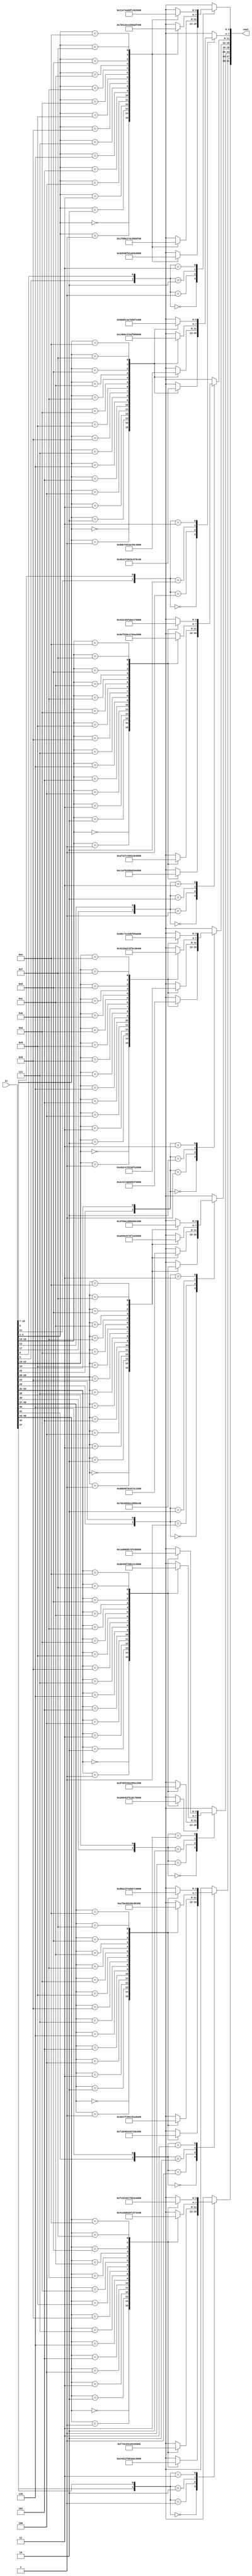
//sboxes.v
//8 s boxes for f block

module sboxes(sout, in);
	input [47:0] in;
	output [31:0] sout;
		
	wire [5:0] in1;
	wire [5:0] in2;
	wire [5:0] in3;
	wire [5:0] in4;
	wire [5:0] in5;
	wire [5:0] in6;
	wire [5:0] in7;
	wire [5:0] in8;
	
	reg [3:0] out1;
	reg [3:0] out2;
	reg [3:0] out3;
	reg [3:0] out4;
	reg [3:0] out5;
	reg [3:0] out6;
	reg [3:0] out7;
	reg [3:0] out8;
	
	assign in1 = in[47:42];
	assign in2 = in[41:36];
	assign in3 = in[35:30];
	assign in4 = in[29:24];
	assign in5 = in[23:18];
	assign in6 = in[17:12];
	assign in7 = in[11:6];
	assign in8 = in[5:0];
	
always @(in) begin
//Sbox 1-------------------------------------------------
casex (in1)
6'b0xxxx0: begin
    casex (in1)
    6'bx0000x: begin out1 = 4'he; end
    6'bx0001x: begin out1 = 4'h4; end
    6'bx0010x: begin out1 = 4'hd; end
    6'bx0011x: begin out1 = 4'h1; end
    6'bx0100x: begin out1 = 4'h2; end
    6'bx0101x: begin out1 = 4'hf; end
    6'bx0110x: begin out1 = 4'hb; end
    6'bx0111x: begin out1 = 4'h8; end
    6'bx1000x: begin out1 = 4'h3; end
    6'bx1001x: begin out1 = 4'ha; end
    6'bx1010x: begin out1 = 4'h6; end
    6'bx1011x: begin out1 = 4'hc; end
    6'bx1100x: begin out1 = 4'h5; end
    6'bx1101x: begin out1 = 4'h9; end
    6'bx1110x: begin out1 = 4'h0; end
    6'bx1111x: begin out1 = 4'h7; end
    endcase
end
6'b0xxxx1: begin
    casex (in1)
    6'bx0000x: begin out1 = 4'h0; end
    6'bx0001x: begin out1 = 4'hf; end
    6'bx0010x: begin out1 = 4'h7; end
    6'bx0011x: begin out1 = 4'h4; end
    6'bx0100x: begin out1 = 4'he; end
    6'bx0101x: begin out1 = 4'h2; end
    6'bx0110x: begin out1 = 4'hd; end
    6'bx0111x: begin out1 = 4'h1; end
    6'bx1000x: begin out1 = 4'ha; end
    6'bx1001x: begin out1 = 4'h6; end
    6'bx1010x: begin out1 = 4'hc; end
    6'bx1011x: begin out1 = 4'hb; end
    6'bx1100x: begin out1 = 4'h9; end
    6'bx1101x: begin out1 = 4'h5; end
    6'bx1110x: begin out1 = 4'h3; end
    6'bx1111x: begin out1 = 4'h8; end
    endcase
end
6'b1xxxx0: begin
    casex (in1)
    6'bx0000x: begin out1 = 4'h4; end
    6'bx0001x: begin out1 = 4'h1; end
    6'bx0010x: begin out1 = 4'he; end
    6'bx0011x: begin out1 = 4'h8; end
    6'bx0100x: begin out1 = 4'hd; end
    6'bx0101x: begin out1 = 4'h6; end
    6'bx0110x: begin out1 = 4'h2; end
    6'bx0111x: begin out1 = 4'hb; end
    6'bx1000x: begin out1 = 4'hf; end
    6'bx1001x: begin out1 = 4'hc; end
    6'bx1010x: begin out1 = 4'h9; end
    6'bx1011x: begin out1 = 4'h7; end
    6'bx1100x: begin out1 = 4'h3; end
    6'bx1101x: begin out1 = 4'ha; end
    6'bx1110x: begin out1 = 4'h5; end
    6'bx1111x: begin out1 = 4'h0; end
    endcase
end
6'b1xxxx1: begin
    casex (in1)
    6'bx0000x: begin out1 = 4'hf; end
    6'bx0001x: begin out1 = 4'hc; end
    6'bx0010x: begin out1 = 4'h8; end
    6'bx0011x: begin out1 = 4'h2; end
    6'bx0100x: begin out1 = 4'h4; end
    6'bx0101x: begin out1 = 4'h9; end
    6'bx0110x: begin out1 = 4'h1; end
    6'bx0111x: begin out1 = 4'h7; end
    6'bx1000x: begin out1 = 4'h5; end
    6'bx1001x: begin out1 = 4'hb; end
    6'bx1010x: begin out1 = 4'h3; end
    6'bx1011x: begin out1 = 4'he; end
    6'bx1100x: begin out1 = 4'ha; end
    6'bx1101x: begin out1 = 4'h0; end
    6'bx1110x: begin out1 = 4'h6; end
    6'bx1111x: begin out1 = 4'hd; end
    endcase
end
endcase
//Sbox 2-------------------------------------------------------------------------------------------------
casex (in2)
6'b0xxxx0: begin
	casex (in2)
	6'bx0000x: begin out2 = 4'hf; end
	6'bx0001x: begin out2 = 4'h1; end
	6'bx0010x: begin out2 = 4'h8; end
	6'bx0011x: begin out2 = 4'he; end
	6'bx0100x: begin out2 = 4'h6; end
	6'bx0101x: begin out2 = 4'hb; end
	6'bx0110x: begin out2 = 4'h3; end
	6'bx0111x: begin out2 = 4'h4; end
	6'bx1000x: begin out2 = 4'h9; end
	6'bx1001x: begin out2 = 4'h7; end
	6'bx1010x: begin out2 = 4'h2; end
	6'bx1011x: begin out2 = 4'hd; end
	6'bx1100x: begin out2 = 4'hc; end
	6'bx1101x: begin out2 = 4'h0; end
	6'bx1110x: begin out2 = 4'h5; end
	6'bx1111x: begin out2 = 4'ha; end
	endcase
end
6'b0xxxx1: begin
	casex (in2)
	6'bx0000x: begin out2 = 4'h3; end
	6'bx0001x: begin out2 = 4'hd; end
	6'bx0010x: begin out2 = 4'h4; end
	6'bx0011x: begin out2 = 4'h7; end
	6'bx0100x: begin out2 = 4'hf; end
	6'bx0101x: begin out2 = 4'h2; end
	6'bx0110x: begin out2 = 4'h8; end
	6'bx0111x: begin out2 = 4'he; end
	6'bx1000x: begin out2 = 4'hc; end
	6'bx1001x: begin out2 = 4'h0; end
	6'bx1010x: begin out2 = 4'h1; end
	6'bx1011x: begin out2 = 4'ha; end
	6'bx1100x: begin out2 = 4'h6; end
	6'bx1101x: begin out2 = 4'h9; end
	6'bx1110x: begin out2 = 4'hb; end
	6'bx1111x: begin out2 = 4'h5; end
	endcase
end
6'b1xxxx0: begin
	casex (in2)
	6'bx0000x: begin out2 = 4'h0; end
	6'bx0001x: begin out2 = 4'he; end
	6'bx0010x: begin out2 = 4'h7; end
	6'bx0011x: begin out2 = 4'hb; end
	6'bx0100x: begin out2 = 4'ha; end
	6'bx0101x: begin out2 = 4'h4; end
	6'bx0110x: begin out2 = 4'hd; end
	6'bx0111x: begin out2 = 4'h1; end
	6'bx1000x: begin out2 = 4'h5; end
	6'bx1001x: begin out2 = 4'h8; end
	6'bx1010x: begin out2 = 4'hc; end
	6'bx1011x: begin out2 = 4'h6; end
	6'bx1100x: begin out2 = 4'h9; end
	6'bx1101x: begin out2 = 4'h3; end
	6'bx1110x: begin out2 = 4'h2; end
	6'bx1111x: begin out2 = 4'hf; end
	endcase
end
6'b1xxxx1: begin
	casex (in2)
	6'bx0000x: begin out2 = 4'hd; end
	6'bx0001x: begin out2 = 4'h8; end
	6'bx0010x: begin out2 = 4'ha; end
	6'bx0011x: begin out2 = 4'h1; end
	6'bx0100x: begin out2 = 4'h3; end
	6'bx0101x: begin out2 = 4'hf; end
	6'bx0110x: begin out2 = 4'h4; end
	6'bx0111x: begin out2 = 4'h2; end
	6'bx1000x: begin out2 = 4'hb; end
	6'bx1001x: begin out2 = 4'h6; end
	6'bx1010x: begin out2 = 4'h7; end
	6'bx1011x: begin out2 = 4'hc; end
	6'bx1100x: begin out2 = 4'h0; end
	6'bx1101x: begin out2 = 4'h5; end
	6'bx1110x: begin out2 = 4'he; end
	6'bx1111x: begin out2 = 4'h9; end
	endcase
end
endcase
//Sbox 3-------------------------------------------------------------------------------------------------
casex (in3)
6'b0xxxx0: begin
	casex (in3)
	6'bx0000x: begin out3 = 4'ha; end
	6'bx0001x: begin out3 = 4'h0; end
	6'bx0010x: begin out3 = 4'h9; end
	6'bx0011x: begin out3 = 4'he; end
	6'bx0100x: begin out3 = 4'h6; end
	6'bx0101x: begin out3 = 4'h3; end
	6'bx0110x: begin out3 = 4'hf; end
	6'bx0111x: begin out3 = 4'h5; end
	6'bx1000x: begin out3 = 4'h1; end
	6'bx1001x: begin out3 = 4'hd; end
	6'bx1010x: begin out3 = 4'hc; end
	6'bx1011x: begin out3 = 4'h7; end
	6'bx1100x: begin out3 = 4'hb; end
	6'bx1101x: begin out3 = 4'h4; end
	6'bx1110x: begin out3 = 4'h2; end
	6'bx1111x: begin out3 = 4'h8; end
	endcase
end
6'b0xxxx1: begin
	casex (in3)
	6'bx0000x: begin out3 = 4'hd; end
	6'bx0001x: begin out3 = 4'h7; end
	6'bx0010x: begin out3 = 4'h0; end
	6'bx0011x: begin out3 = 4'h9; end
	6'bx0100x: begin out3 = 4'h3; end
	6'bx0101x: begin out3 = 4'h4; end
	6'bx0110x: begin out3 = 4'h6; end
	6'bx0111x: begin out3 = 4'ha; end
	6'bx1000x: begin out3 = 4'h2; end
	6'bx1001x: begin out3 = 4'h8; end
	6'bx1010x: begin out3 = 4'h5; end
	6'bx1011x: begin out3 = 4'he; end
	6'bx1100x: begin out3 = 4'hc; end
	6'bx1101x: begin out3 = 4'hb; end
	6'bx1110x: begin out3 = 4'hf; end
	6'bx1111x: begin out3 = 4'h1; end
	endcase
end
6'b1xxxx0: begin
	casex (in3)
	6'bx0000x: begin out3 = 4'hd; end
	6'bx0001x: begin out3 = 4'h6; end
	6'bx0010x: begin out3 = 4'h4; end
	6'bx0011x: begin out3 = 4'h9; end
	6'bx0100x: begin out3 = 4'h8; end
	6'bx0101x: begin out3 = 4'hf; end
	6'bx0110x: begin out3 = 4'h3; end
	6'bx0111x: begin out3 = 4'h0; end
	6'bx1000x: begin out3 = 4'hb; end
	6'bx1001x: begin out3 = 4'h1; end
	6'bx1010x: begin out3 = 4'h2; end
	6'bx1011x: begin out3 = 4'hc; end
	6'bx1100x: begin out3 = 4'h5; end
	6'bx1101x: begin out3 = 4'ha; end
	6'bx1110x: begin out3 = 4'he; end
	6'bx1111x: begin out3 = 4'h7; end
	endcase
end
6'b1xxxx1: begin
	casex (in3)
	6'bx0000x: begin out3 = 4'h1; end
	6'bx0001x: begin out3 = 4'ha; end
	6'bx0010x: begin out3 = 4'hd; end
	6'bx0011x: begin out3 = 4'h0; end
	6'bx0100x: begin out3 = 4'h6; end
	6'bx0101x: begin out3 = 4'h9; end
	6'bx0110x: begin out3 = 4'h8; end
	6'bx0111x: begin out3 = 4'h7; end
	6'bx1000x: begin out3 = 4'h4; end
	6'bx1001x: begin out3 = 4'hf; end
	6'bx1010x: begin out3 = 4'he; end
	6'bx1011x: begin out3 = 4'h3; end
	6'bx1100x: begin out3 = 4'hb; end
	6'bx1101x: begin out3 = 4'h5; end
	6'bx1110x: begin out3 = 4'h2; end
	6'bx1111x: begin out3 = 4'hc; end
	endcase
end
endcase
//Sbox 4-------------------------------------------------------------------------------------------------
casex (in4)
6'b0xxxx0: begin
	casex (in4)
	6'bx0000x: begin out4 = 4'h7; end
	6'bx0001x: begin out4 = 4'hd; end
	6'bx0010x: begin out4 = 4'he; end
	6'bx0011x: begin out4 = 4'h3; end
	6'bx0100x: begin out4 = 4'h0; end
	6'bx0101x: begin out4 = 4'h6; end
	6'bx0110x: begin out4 = 4'h9; end
	6'bx0111x: begin out4 = 4'ha; end
	6'bx1000x: begin out4 = 4'h1; end
	6'bx1001x: begin out4 = 4'h2; end
	6'bx1010x: begin out4 = 4'h8; end
	6'bx1011x: begin out4 = 4'h5; end
	6'bx1100x: begin out4 = 4'hb; end
	6'bx1101x: begin out4 = 4'hc; end
	6'bx1110x: begin out4 = 4'h4; end
	6'bx1111x: begin out4 = 4'hf; end
	endcase
end
6'b0xxxx1: begin
	casex (in4)
	6'bx0000x: begin out4 = 4'hd; end
	6'bx0001x: begin out4 = 4'h8; end
	6'bx0010x: begin out4 = 4'hb; end
	6'bx0011x: begin out4 = 4'h5; end
	6'bx0100x: begin out4 = 4'h6; end
	6'bx0101x: begin out4 = 4'hf; end
	6'bx0110x: begin out4 = 4'h0; end
	6'bx0111x: begin out4 = 4'h3; end
	6'bx1000x: begin out4 = 4'h4; end
	6'bx1001x: begin out4 = 4'h7; end
	6'bx1010x: begin out4 = 4'h2; end
	6'bx1011x: begin out4 = 4'hc; end
	6'bx1100x: begin out4 = 4'h1; end
	6'bx1101x: begin out4 = 4'ha; end
	6'bx1110x: begin out4 = 4'he; end
	6'bx1111x: begin out4 = 4'h9; end
	endcase
end
6'b1xxxx0: begin
	casex (in4)
	6'bx0000x: begin out4 = 4'ha; end
	6'bx0001x: begin out4 = 4'h6; end
	6'bx0010x: begin out4 = 4'h9; end
	6'bx0011x: begin out4 = 4'h0; end
	6'bx0100x: begin out4 = 4'hc; end
	6'bx0101x: begin out4 = 4'hb; end
	6'bx0110x: begin out4 = 4'h7; end
	6'bx0111x: begin out4 = 4'hd; end
	6'bx1000x: begin out4 = 4'hf; end
	6'bx1001x: begin out4 = 4'h1; end
	6'bx1010x: begin out4 = 4'h3; end
	6'bx1011x: begin out4 = 4'he; end
	6'bx1100x: begin out4 = 4'h5; end
	6'bx1101x: begin out4 = 4'h2; end
	6'bx1110x: begin out4 = 4'h8; end
	6'bx1111x: begin out4 = 4'h4; end
	endcase
end
6'b1xxxx1: begin
	casex (in4)
	6'bx0000x: begin out4 = 4'h3; end
	6'bx0001x: begin out4 = 4'hf; end
	6'bx0010x: begin out4 = 4'h0; end
	6'bx0011x: begin out4 = 4'h6; end
	6'bx0100x: begin out4 = 4'ha; end
	6'bx0101x: begin out4 = 4'h1; end
	6'bx0110x: begin out4 = 4'hd; end
	6'bx0111x: begin out4 = 4'h8; end
	6'bx1000x: begin out4 = 4'h9; end
	6'bx1001x: begin out4 = 4'h4; end
	6'bx1010x: begin out4 = 4'h5; end
	6'bx1011x: begin out4 = 4'hb; end
	6'bx1100x: begin out4 = 4'hc; end
	6'bx1101x: begin out4 = 4'h7; end
	6'bx1110x: begin out4 = 4'h2; end
	6'bx1111x: begin out4 = 4'he; end
	endcase
end
endcase
//Sbox 5-------------------------------------------------------------------------------------------------
casex (in5)
6'b0xxxx0: begin
	casex (in5)
	6'bx0000x: begin out5 = 4'h2; end
	6'bx0001x: begin out5 = 4'hc; end
	6'bx0010x: begin out5 = 4'h4; end
	6'bx0011x: begin out5 = 4'h1; end
	6'bx0100x: begin out5 = 4'h7; end
	6'bx0101x: begin out5 = 4'ha; end
	6'bx0110x: begin out5 = 4'hb; end
	6'bx0111x: begin out5 = 4'h6; end
	6'bx1000x: begin out5 = 4'h8; end
	6'bx1001x: begin out5 = 4'h5; end
	6'bx1010x: begin out5 = 4'h3; end
	6'bx1011x: begin out5 = 4'hf; end
	6'bx1100x: begin out5 = 4'hd; end
	6'bx1101x: begin out5 = 4'h0; end
	6'bx1110x: begin out5 = 4'he; end
	6'bx1111x: begin out5 = 4'h9; end
	endcase
end
6'b0xxxx1: begin
	casex (in5)
	6'bx0000x: begin out5 = 4'he; end
	6'bx0001x: begin out5 = 4'hb; end
	6'bx0010x: begin out5 = 4'h2; end
	6'bx0011x: begin out5 = 4'hc; end
	6'bx0100x: begin out5 = 4'h4; end
	6'bx0101x: begin out5 = 4'h7; end
	6'bx0110x: begin out5 = 4'hd; end
	6'bx0111x: begin out5 = 4'h1; end
	6'bx1000x: begin out5 = 4'h5; end
	6'bx1001x: begin out5 = 4'h0; end
	6'bx1010x: begin out5 = 4'hf; end
	6'bx1011x: begin out5 = 4'ha; end
	6'bx1100x: begin out5 = 4'h3; end
	6'bx1101x: begin out5 = 4'h9; end
	6'bx1110x: begin out5 = 4'h8; end
	6'bx1111x: begin out5 = 4'h6; end
	endcase
end
6'b1xxxx0: begin
	casex (in5)
	6'bx0000x: begin out5 = 4'h4; end
	6'bx0001x: begin out5 = 4'h2; end
	6'bx0010x: begin out5 = 4'h1; end
	6'bx0011x: begin out5 = 4'hb; end
	6'bx0100x: begin out5 = 4'ha; end
	6'bx0101x: begin out5 = 4'hd; end
	6'bx0110x: begin out5 = 4'h7; end
	6'bx0111x: begin out5 = 4'h8; end
	6'bx1000x: begin out5 = 4'hf; end
	6'bx1001x: begin out5 = 4'h9; end
	6'bx1010x: begin out5 = 4'hc; end
	6'bx1011x: begin out5 = 4'h5; end
	6'bx1100x: begin out5 = 4'h6; end
	6'bx1101x: begin out5 = 4'h3; end
	6'bx1110x: begin out5 = 4'h0; end
	6'bx1111x: begin out5 = 4'he; end
	endcase
end
6'b1xxxx1: begin
	casex (in5)
	6'bx0000x: begin out5 = 4'hb; end
	6'bx0001x: begin out5 = 4'h8; end
	6'bx0010x: begin out5 = 4'hc; end
	6'bx0011x: begin out5 = 4'h7; end
	6'bx0100x: begin out5 = 4'h1; end
	6'bx0101x: begin out5 = 4'he; end
	6'bx0110x: begin out5 = 4'h2; end
	6'bx0111x: begin out5 = 4'hd; end
	6'bx1000x: begin out5 = 4'h6; end
	6'bx1001x: begin out5 = 4'hf; end
	6'bx1010x: begin out5 = 4'h0; end
	6'bx1011x: begin out5 = 4'h9; end
	6'bx1100x: begin out5 = 4'ha; end
	6'bx1101x: begin out5 = 4'h4; end
	6'bx1110x: begin out5 = 4'h5; end
	6'bx1111x: begin out5 = 4'h3; end
	endcase
end
endcase
//Sbox 6-------------------------------------------------------------------------------------------------
casex (in6)
6'b0xxxx0: begin
	casex (in6)
	6'bx0000x: begin out6 = 4'hc; end
	6'bx0001x: begin out6 = 4'h1; end
	6'bx0010x: begin out6 = 4'ha; end
	6'bx0011x: begin out6 = 4'hf; end
	6'bx0100x: begin out6 = 4'h9; end
	6'bx0101x: begin out6 = 4'h2; end
	6'bx0110x: begin out6 = 4'h6; end
	6'bx0111x: begin out6 = 4'h8; end
	6'bx1000x: begin out6 = 4'h0; end
	6'bx1001x: begin out6 = 4'hd; end
	6'bx1010x: begin out6 = 4'h3; end
	6'bx1011x: begin out6 = 4'h4; end
	6'bx1100x: begin out6 = 4'he; end
	6'bx1101x: begin out6 = 4'h7; end
	6'bx1110x: begin out6 = 4'h5; end
	6'bx1111x: begin out6 = 4'hb; end
	endcase
end
6'b0xxxx1: begin
	casex (in6)
	6'bx0000x: begin out6 = 4'ha; end
	6'bx0001x: begin out6 = 4'hf; end
	6'bx0010x: begin out6 = 4'h4; end
	6'bx0011x: begin out6 = 4'h2; end
	6'bx0100x: begin out6 = 4'h7; end
	6'bx0101x: begin out6 = 4'hc; end
	6'bx0110x: begin out6 = 4'h9; end
	6'bx0111x: begin out6 = 4'h5; end
	6'bx1000x: begin out6 = 4'h6; end
	6'bx1001x: begin out6 = 4'h1; end
	6'bx1010x: begin out6 = 4'hd; end
	6'bx1011x: begin out6 = 4'he; end
	6'bx1100x: begin out6 = 4'h0; end
	6'bx1101x: begin out6 = 4'hb; end
	6'bx1110x: begin out6 = 4'h3; end
	6'bx1111x: begin out6 = 4'h8; end
	endcase
end
6'b1xxxx0: begin
	casex (in6)
	6'bx0000x: begin out6 = 4'h9; end
	6'bx0001x: begin out6 = 4'he; end
	6'bx0010x: begin out6 = 4'hf; end
	6'bx0011x: begin out6 = 4'h5; end
	6'bx0100x: begin out6 = 4'h2; end
	6'bx0101x: begin out6 = 4'h8; end
	6'bx0110x: begin out6 = 4'hc; end
	6'bx0111x: begin out6 = 4'h3; end
	6'bx1000x: begin out6 = 4'h7; end
	6'bx1001x: begin out6 = 4'h0; end
	6'bx1010x: begin out6 = 4'h4; end
	6'bx1011x: begin out6 = 4'ha; end
	6'bx1100x: begin out6 = 4'h1; end
	6'bx1101x: begin out6 = 4'hd; end
	6'bx1110x: begin out6 = 4'hb; end
	6'bx1111x: begin out6 = 4'h6; end
	endcase
end
6'b1xxxx1: begin
	casex (in6)
	6'bx0000x: begin out6 = 4'h4; end
	6'bx0001x: begin out6 = 4'h3; end
	6'bx0010x: begin out6 = 4'h2; end
	6'bx0011x: begin out6 = 4'hc; end
	6'bx0100x: begin out6 = 4'h9; end
	6'bx0101x: begin out6 = 4'h5; end
	6'bx0110x: begin out6 = 4'hf; end
	6'bx0111x: begin out6 = 4'ha; end
	6'bx1000x: begin out6 = 4'hb; end
	6'bx1001x: begin out6 = 4'he; end
	6'bx1010x: begin out6 = 4'h1; end
	6'bx1011x: begin out6 = 4'h7; end
	6'bx1100x: begin out6 = 4'h6; end
	6'bx1101x: begin out6 = 4'h0; end
	6'bx1110x: begin out6 = 4'h8; end
	6'bx1111x: begin out6 = 4'hd; end
	endcase
end
endcase
//Sbox 7-------------------------------------------------------------------------------------------------
casex (in7)
6'b0xxxx0: begin
	casex (in7)
	6'bx0000x: begin out7 = 4'h4; end
	6'bx0001x: begin out7 = 4'hb; end
	6'bx0010x: begin out7 = 4'h2; end
	6'bx0011x: begin out7 = 4'he; end
	6'bx0100x: begin out7 = 4'hf; end
	6'bx0101x: begin out7 = 4'h0; end
	6'bx0110x: begin out7 = 4'h8; end
	6'bx0111x: begin out7 = 4'hd; end
	6'bx1000x: begin out7 = 4'h3; end
	6'bx1001x: begin out7 = 4'hc; end
	6'bx1010x: begin out7 = 4'h9; end
	6'bx1011x: begin out7 = 4'h7; end
	6'bx1100x: begin out7 = 4'h5; end
	6'bx1101x: begin out7 = 4'ha; end
	6'bx1110x: begin out7 = 4'h6; end
	6'bx1111x: begin out7 = 4'h1; end
	endcase
end
6'b0xxxx1: begin
	casex (in7)
	6'bx0000x: begin out7 = 4'hd; end
	6'bx0001x: begin out7 = 4'h0; end
	6'bx0010x: begin out7 = 4'hb; end
	6'bx0011x: begin out7 = 4'h7; end
	6'bx0100x: begin out7 = 4'h4; end
	6'bx0101x: begin out7 = 4'h9; end
	6'bx0110x: begin out7 = 4'h1; end
	6'bx0111x: begin out7 = 4'ha; end
	6'bx1000x: begin out7 = 4'he; end
	6'bx1001x: begin out7 = 4'h3; end
	6'bx1010x: begin out7 = 4'h5; end
	6'bx1011x: begin out7 = 4'hc; end
	6'bx1100x: begin out7 = 4'h2; end
	6'bx1101x: begin out7 = 4'hf; end
	6'bx1110x: begin out7 = 4'h8; end
	6'bx1111x: begin out7 = 4'h6; end
	endcase
end
6'b1xxxx0: begin
	casex (in7)
	6'bx0000x: begin out7 = 4'h1; end
	6'bx0001x: begin out7 = 4'h4; end
	6'bx0010x: begin out7 = 4'hb; end
	6'bx0011x: begin out7 = 4'hd; end
	6'bx0100x: begin out7 = 4'hc; end
	6'bx0101x: begin out7 = 4'h3; end
	6'bx0110x: begin out7 = 4'h7; end
	6'bx0111x: begin out7 = 4'he; end
	6'bx1000x: begin out7 = 4'ha; end
	6'bx1001x: begin out7 = 4'hf; end
	6'bx1010x: begin out7 = 4'h6; end
	6'bx1011x: begin out7 = 4'h8; end
	6'bx1100x: begin out7 = 4'h0; end
	6'bx1101x: begin out7 = 4'h5; end
	6'bx1110x: begin out7 = 4'h9; end
	6'bx1111x: begin out7 = 4'h2; end
	endcase
end
6'b1xxxx1: begin
	casex (in7)
	6'bx0000x: begin out7 = 4'h6; end
	6'bx0001x: begin out7 = 4'hb; end
	6'bx0010x: begin out7 = 4'hd; end
	6'bx0011x: begin out7 = 4'h8; end
	6'bx0100x: begin out7 = 4'h1; end
	6'bx0101x: begin out7 = 4'h4; end
	6'bx0110x: begin out7 = 4'ha; end
	6'bx0111x: begin out7 = 4'h7; end
	6'bx1000x: begin out7 = 4'h9; end
	6'bx1001x: begin out7 = 4'h5; end
	6'bx1010x: begin out7 = 4'h0; end
	6'bx1011x: begin out7 = 4'hf; end
	6'bx1100x: begin out7 = 4'he; end
	6'bx1101x: begin out7 = 4'h2; end
	6'bx1110x: begin out7 = 4'h3; end
	6'bx1111x: begin out7 = 4'hc; end
	endcase
end
endcase
//Sbox 8-------------------------------------------------------------------------------------------------
casex (in8)
6'b0xxxx0: begin
	casex (in8)
	6'bx0000x: begin out8 = 4'hd; end
	6'bx0001x: begin out8 = 4'h2; end
	6'bx0010x: begin out8 = 4'h8; end
	6'bx0011x: begin out8 = 4'h4; end
	6'bx0100x: begin out8 = 4'h6; end
	6'bx0101x: begin out8 = 4'hf; end
	6'bx0110x: begin out8 = 4'hb; end
	6'bx0111x: begin out8 = 4'h1; end
	6'bx1000x: begin out8 = 4'ha; end
	6'bx1001x: begin out8 = 4'h9; end
	6'bx1010x: begin out8 = 4'h3; end
	6'bx1011x: begin out8 = 4'he; end
	6'bx1100x: begin out8 = 4'h5; end
	6'bx1101x: begin out8 = 4'h0; end
	6'bx1110x: begin out8 = 4'hc; end
	6'bx1111x: begin out8 = 4'h7; end
	endcase
end
6'b0xxxx1: begin
	casex (in8)
	6'bx0000x: begin out8 = 4'h1; end
	6'bx0001x: begin out8 = 4'hf; end
	6'bx0010x: begin out8 = 4'hd; end
	6'bx0011x: begin out8 = 4'h8; end
	6'bx0100x: begin out8 = 4'ha; end
	6'bx0101x: begin out8 = 4'h3; end
	6'bx0110x: begin out8 = 4'h7; end
	6'bx0111x: begin out8 = 4'h4; end
	6'bx1000x: begin out8 = 4'hc; end
	6'bx1001x: begin out8 = 4'h5; end
	6'bx1010x: begin out8 = 4'h6; end
	6'bx1011x: begin out8 = 4'hb; end
	6'bx1100x: begin out8 = 4'h0; end
	6'bx1101x: begin out8 = 4'he; end
	6'bx1110x: begin out8 = 4'h9; end
	6'bx1111x: begin out8 = 4'h2; end
	endcase
end
6'b1xxxx0: begin
	casex (in8)
	6'bx0000x: begin out8 = 4'h7; end
	6'bx0001x: begin out8 = 4'hb; end
	6'bx0010x: begin out8 = 4'h4; end
	6'bx0011x: begin out8 = 4'h1; end
	6'bx0100x: begin out8 = 4'h9; end
	6'bx0101x: begin out8 = 4'hc; end
	6'bx0110x: begin out8 = 4'he; end
	6'bx0111x: begin out8 = 4'h2; end
	6'bx1000x: begin out8 = 4'h0; end
	6'bx1001x: begin out8 = 4'h6; end
	6'bx1010x: begin out8 = 4'ha; end
	6'bx1011x: begin out8 = 4'hd; end
	6'bx1100x: begin out8 = 4'hf; end
	6'bx1101x: begin out8 = 4'h3; end
	6'bx1110x: begin out8 = 4'h5; end
	6'bx1111x: begin out8 = 4'h8; end
	endcase
end
6'b1xxxx1: begin
	casex (in8)
	6'bx0000x: begin out8 = 4'h2; end
	6'bx0001x: begin out8 = 4'h1; end
	6'bx0010x: begin out8 = 4'he; end
	6'bx0011x: begin out8 = 4'h7; end
	6'bx0100x: begin out8 = 4'h4; end
	6'bx0101x: begin out8 = 4'ha; end
	6'bx0110x: begin out8 = 4'h8; end
	6'bx0111x: begin out8 = 4'hd; end
	6'bx1000x: begin out8 = 4'hf; end
	6'bx1001x: begin out8 = 4'hc; end
	6'bx1010x: begin out8 = 4'h9; end
	6'bx1011x: begin out8 = 4'h0; end
	6'bx1100x: begin out8 = 4'h3; end
	6'bx1101x: begin out8 = 4'h5; end
	6'bx1110x: begin out8 = 4'h6; end
	6'bx1111x: begin out8 = 4'hb; end
	endcase
end
endcase
end

	assign sout = {out1, out2, out3, out4, out5, out6, out7, out8};
	
endmodule